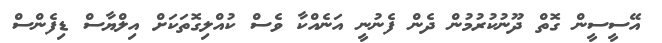
އޭސީސީން ގޮތް ދޫނުކުރުމުން ދެން ފެނުނީ އަނެއްކާ ވެސް ކުއްލިގޮތަކަށް އިލްޔާސް ޑިފެންސް